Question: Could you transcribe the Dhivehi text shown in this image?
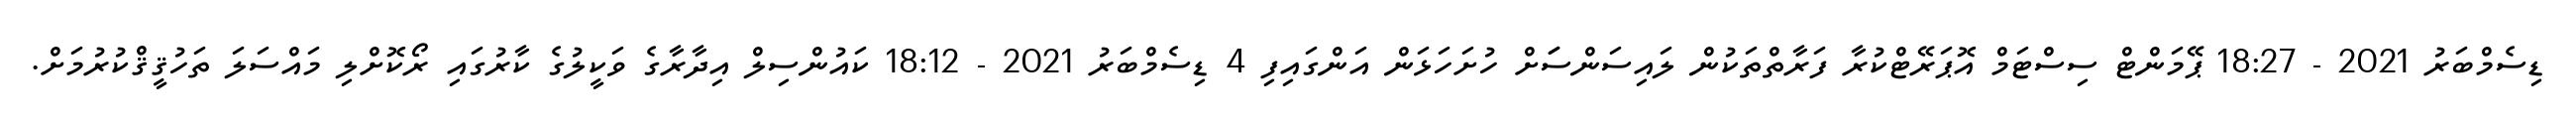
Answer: ޑިސެމްބަރު 2021 - 18:27 ޕޭމަންޓް ސިސްޓަމް އޮޕަރޭޓްކުރާ ފަރާތްތަކުން ލައިސަންސަަށް ހުށަހަޅަން އަންގައިފި 4 ޑިސެމްބަރު 2021 - 18:12 ކައުންސިލް އިދާރާގެ ވަކީލުގެ ކާރުގައި ރޯކޮށްލި މައްސަލަ ތަހުޤީޤްކުރުމަށް.